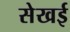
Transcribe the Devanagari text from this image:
सेखई